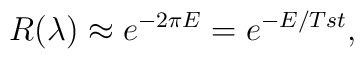
R(\lambda)\approx e^{-2\pi E}=e^{-E/Tst},